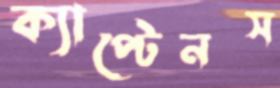
ক্যাপ্টেনস